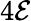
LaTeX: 4\mathcal{E}